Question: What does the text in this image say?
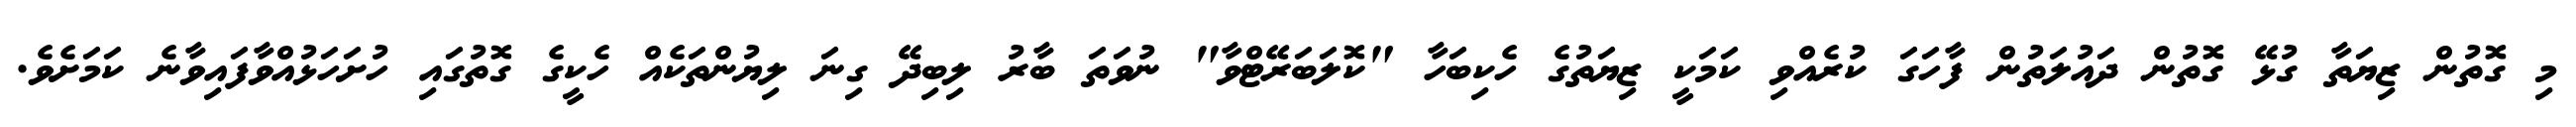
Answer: މި ގޮތުން ޒިޔަތާ ގުޅޭ ގޮތުން ދައުލަތުން ފާހަގަ ކުރެއްވި ކަމަކީ ޒިޔަތުގެ ހެކިބަހާ "ކޮލަބަރޭޓްވާ" ނުވަތަ ބާރު ލިބިދޭ ގިނަ ލިޔުންތަކެއް ހެކީގެ ގޮތުގައި ހުށަހަޅުއްވާފައިވާނެ ކަމަށެވެ.